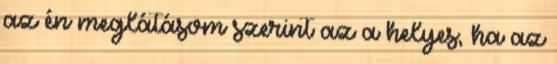
az én meglátásom szerint az a helyes, ha az